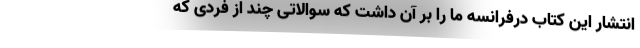
انتشار این کتاب درفرانسه ما را بر آن داشت که سوالاتی چند از فردی که